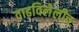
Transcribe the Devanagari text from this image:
वाढविलेलीच